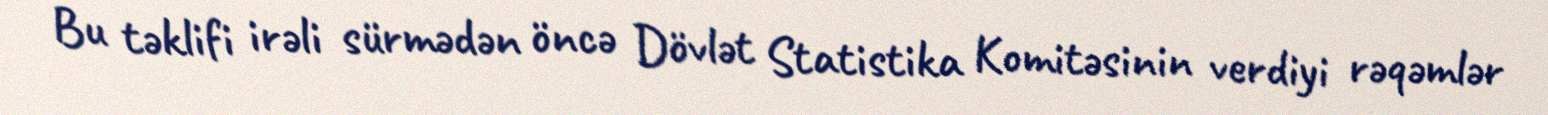
Bu təklifi irəli sürmədən öncə Dövlət Statistika Komitəsinin verdiyi rəqəmlər